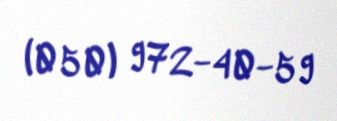
(050) 972-40-59